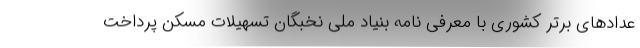
عدادهای برتر کشوری با معرفی نامه بنیاد ملی نخبگان تسهیلات مسکن پرداخت